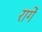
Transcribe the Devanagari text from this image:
रागें